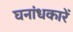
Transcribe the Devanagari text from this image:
घनांधकारें